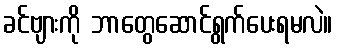
ခင်ဗျားကို ဘာတွေဆောင်ရွက်ပေးရမလဲ။